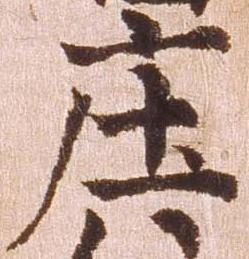
庄